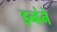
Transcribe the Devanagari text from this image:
इन्हंने